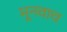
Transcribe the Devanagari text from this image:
मूनवाच